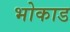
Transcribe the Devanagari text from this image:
भोकाड